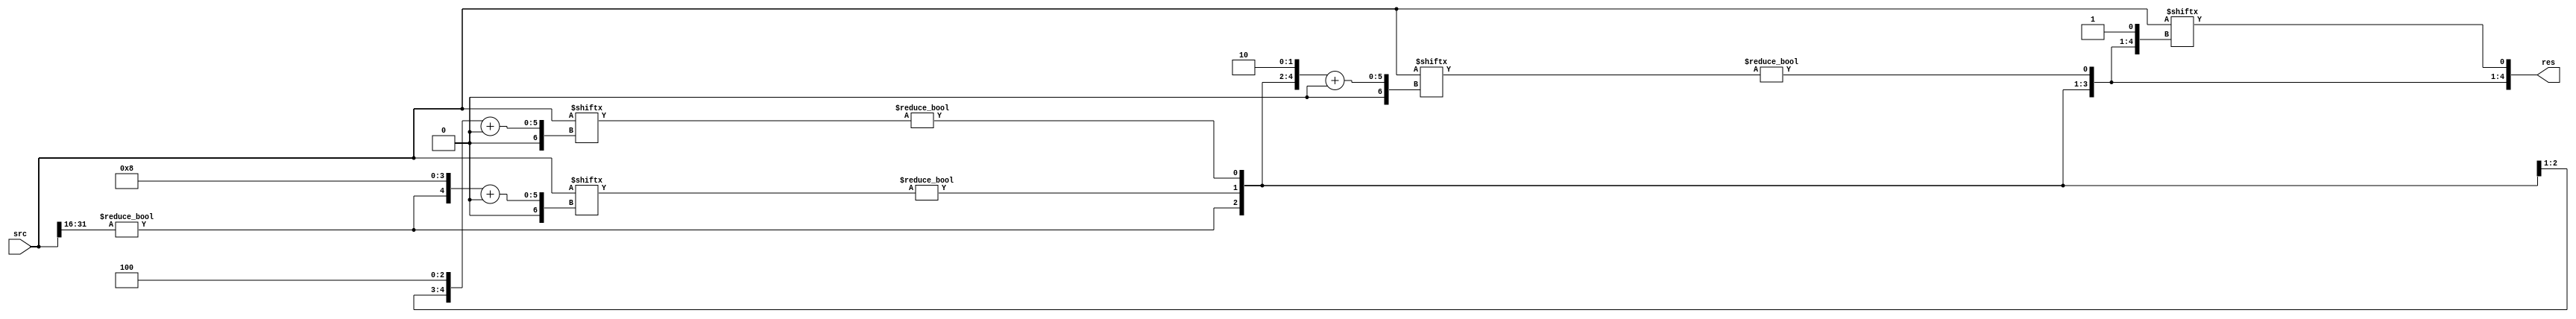
`timescale 1ns / 1ps

module mylog2 #(
        parameter WIDTH = 32
    )(
        input  [        WIDTH - 1:0] src,
        output [$clog2(WIDTH) - 1:0] res
    );

    localparam IDX_WIDTH = $clog2(WIDTH);

    wire [IDX_WIDTH-1:0] base [IDX_WIDTH-1:0];

    assign base[IDX_WIDTH-1] = {1'b1, {IDX_WIDTH-1{1'b0}}};

    genvar i, j;
    generate 
        for (i = IDX_WIDTH-1; i > 0; i = i - 1) begin
            assign res[i] = src[base[i]+:({{IDX_WIDTH-1{1'b0}}, 1'b1} << i)] != 0;
            for (j = 0; j < IDX_WIDTH; j = j + 1) begin
                if (i == j) begin
                    assign base[i - 1][j] = res[i];
                end else if (i - 1 == j) begin
                    assign base[i - 1][j] = 1'b1;
                end else begin
                    assign base[i - 1][j] = base[i][j]; 
                end                
            end
        end
    endgenerate

    assign res[0] = src[base[0]];
endmodule